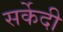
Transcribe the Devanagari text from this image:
सर्केदी